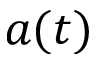
a ( t )